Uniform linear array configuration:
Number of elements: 64
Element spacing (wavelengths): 0.5
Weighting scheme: kaiser
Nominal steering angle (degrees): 60
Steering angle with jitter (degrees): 58.041
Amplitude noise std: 0.05
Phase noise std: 0.05

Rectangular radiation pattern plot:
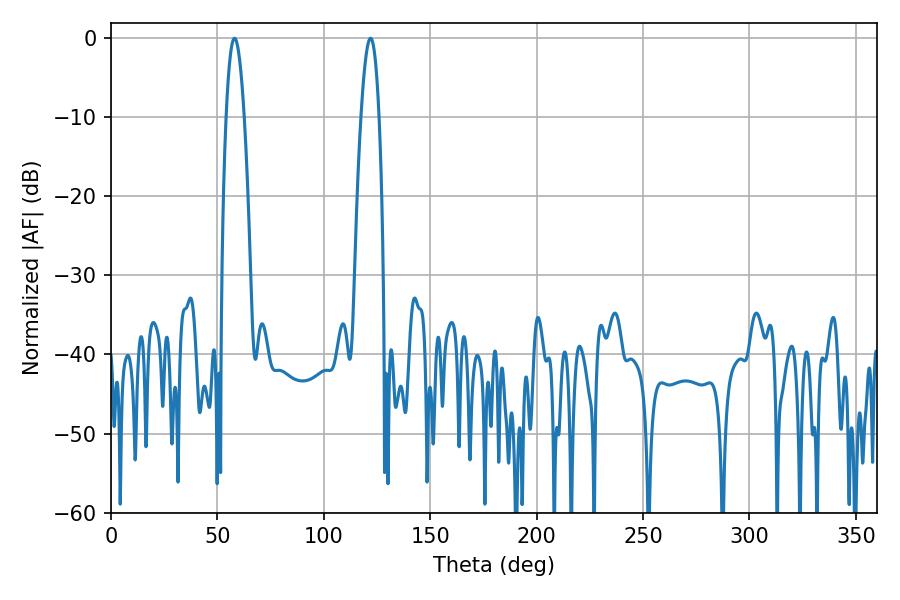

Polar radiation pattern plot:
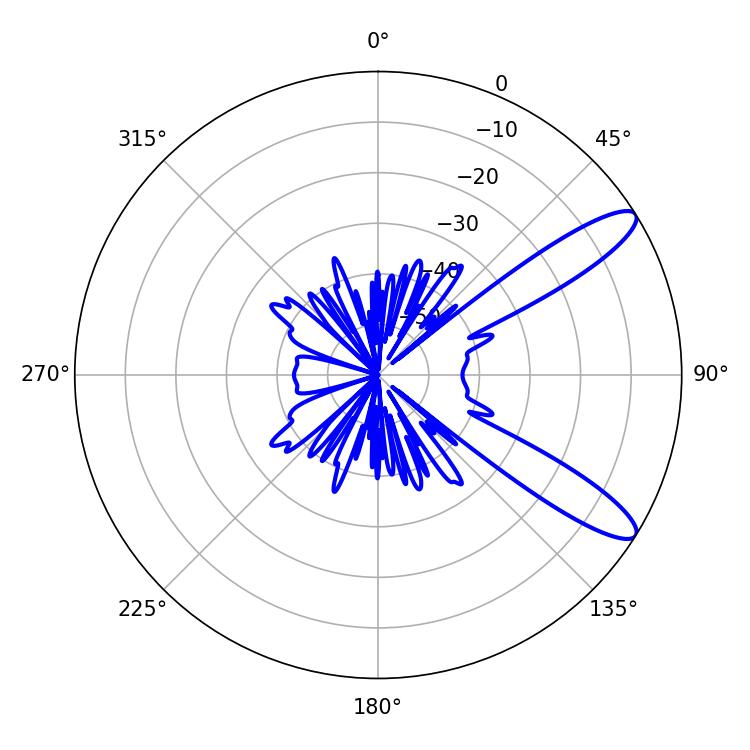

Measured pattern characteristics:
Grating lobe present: FALSE
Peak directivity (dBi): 11.247
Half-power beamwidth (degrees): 4.68
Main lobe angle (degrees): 57.96